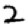
Digit: 2